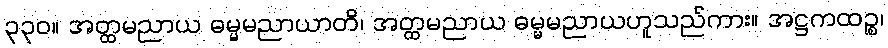
၃၃၀။ အတ္ထမညာယ ဓမ္မမညာယာတိ၊ အတ္ထမညာယ ဓမ္မမညာယဟူသည်ကား။ အဋ္ဌကထဉ္စ၊